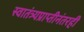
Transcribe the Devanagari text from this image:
स्वातंत्र्यप्राप्तीनंतरही